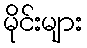
မိုင်းများ